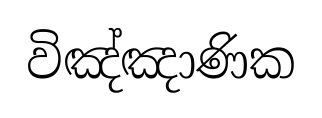
විඤ්ඤාණික